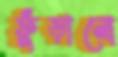
ফুঁড়ানো